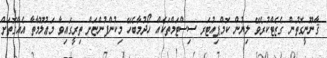
ޤާނޫނީގޮތުން ގެޒެޓްކުރެވޭ ލިޔުން ކޮމްޕިއުޓަރ ސިސްޓަމްތަކެއް ހޯދުމާބެހޭ މިކުންފުންޏަށް ތިރީގައިވާ މަޢުލޫމާތާ އެއްގޮތަށް